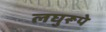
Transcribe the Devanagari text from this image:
लघुरूपे